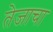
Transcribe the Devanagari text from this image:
तेजाचा